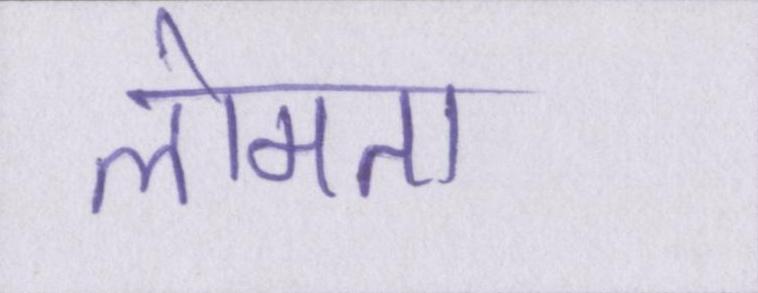
लोमता